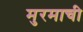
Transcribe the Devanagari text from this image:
मुरमाची